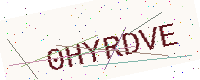
Text: 0HYRDVE